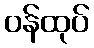
ဝန်ထုပ်